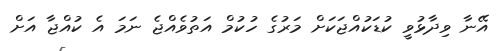
އޭނާ ވިދާޅުވީ ކުޑަކުއްޖަކަށް މަރުގެ ހުކުމް އަތުވެއްޖެ ނަމަ އެ ކުއްޖާ އަށް